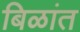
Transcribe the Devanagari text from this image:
बिळांत